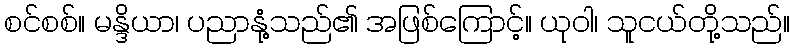
စင်စစ်။ မန္ဒိယာ၊ ပညာနုံ့သည်၏ အဖြစ်ကြောင့်။ ယုဝါ၊ သူငယ်တို့သည်။